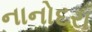
નાનોદરા